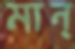
মান্